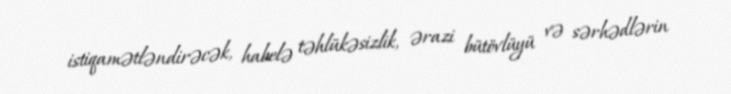
istiqamətləndirəcək, habelə təhlükəsizlik, ərazi bütövlüyü və sərhədlərin